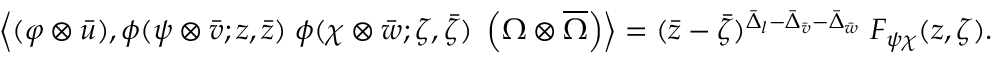
\left\langle ( \varphi \otimes \bar { u } ) , \phi ( \psi \otimes \bar { v } ; z , \bar { z } ) \; \phi ( \chi \otimes \bar { w } ; \zeta , \bar { \zeta } ) \; \left( \Omega \otimes \overline { { { \Omega } } } \right) \right\rangle = ( \bar { z } - \bar { \zeta } ) ^ { \bar { \Delta } _ { l } - \bar { \Delta } _ { \bar { v } } - \bar { \Delta } _ { \bar { w } } } \; F _ { \psi \chi } ( z , \zeta ) .